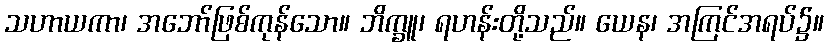
သဟာယကာ၊ အဘော်ဖြစ်ကုန်သော။ ဘိက္ခူ၊ ရဟန်းတို့သည်။ ယေန၊ အကြင်အရပ်၌။